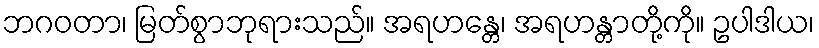
ဘဂဝတာ၊ မြတ်စွာဘုရားသည်။ အရဟန္တေ၊ အရဟန္တာတို့ကို။ ဥပါဒါယ၊